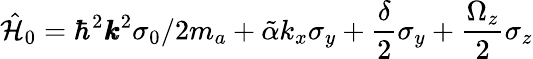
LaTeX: \hat{\mathcal{H}}_{0}=\hbar^{2}\pmb{k}^{2}\sigma_{0}/2m_{a}+\tilde{\alpha}k_{x}\sigma_{y}+\frac{\delta}{2}\sigma_{y}+\frac{\Omega_{z}}{2}\sigma_{z}